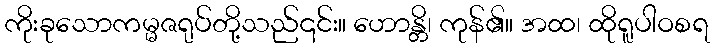
ကိုးခုသောကမ္မဇရုပ်တို့သည်၎င်း။ ဟောန္တိ၊ ကုန်၏။ အထ၊ ထိုရူပါဝစရ